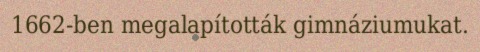
1662-ben megalapították gimnáziumukat.